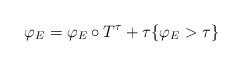
LaTeX: \begin{align*}\varphi_{E}=\varphi_{E}\circ T^{\tau}+\tau\{\varphi_{E}>\tau\}\end{align*}